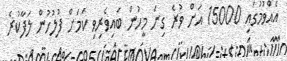
އެއްވުމުގައި 15000 އަށް ވުރެ ގިނަ މީހުން ބައިވެރިވި ކަމަށް ފުލުހުން ލަފާކުރެ